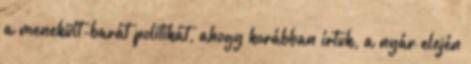
a menekült-barát politikát, ahogy korábban írtuk, a nyár elején